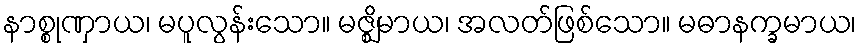
နာစ္စုဏှာယ၊ မပူလွန်းသော။ မဇ္ဈိမာယ၊ အလတ်ဖြစ်သော။ မဓာနက္ခမာယ၊